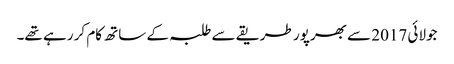
جولائی 2017 سے بھرپور طریقے سے طلبہ کے ساتھ کام کر رہے تھے۔